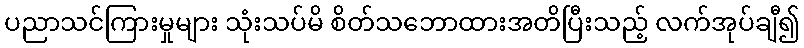
ပညာသင်ကြားမှုများ သုံးသပ်မိ စိတ်သဘောထားအတိပြီးသည့် လက်အုပ်ချီ၍